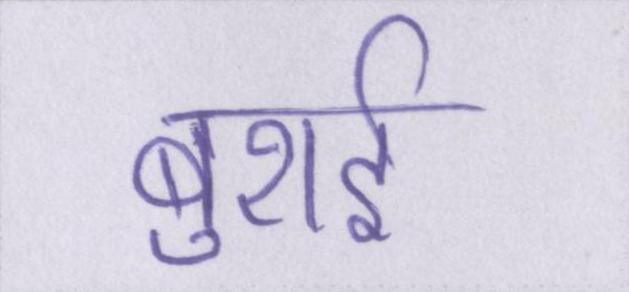
बुराई